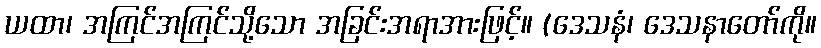
ယထာ၊ အကြင်အကြင်သို့သော အခြင်းအရာအားဖြင့်။ (ဒေသနံ၊ ဒေသနာတော်ကို။